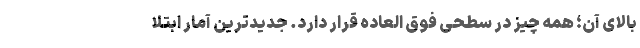
بالای آن؛ همه چیز در سطحی فوق العاده قرار دارد. جدیدترین آمار ابتلا